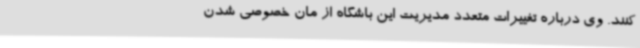
کنند. وی درباره تغییرات متعدد مدیریت این باشگاه از مان خصوصی شدن